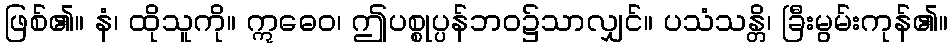
ဖြစ်၏။ နံ၊ ထိုသူကို။ ဣဓေဝ၊ ဤပစ္စုပ္ပန်ဘဝ၌သာလျှင်။ ပသံသန္တိ၊ ခြီးမွမ်းကုန်၏။